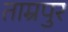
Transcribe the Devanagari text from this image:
ताम्रपुर